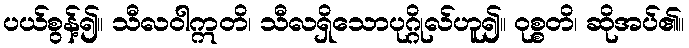
ပယ်စွန့်၍။ သီလဝါဣတိ၊ သီလရှိသောပုဂ္ဂိုလ်ဟူ၍။ ဝုစ္စတိ၊ ဆိုအပ်၏။